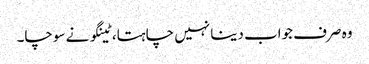
وہ صرف جواب دینا نہیں چاہتا، ٹینگو نے سوچا۔